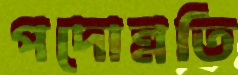
পদোন্নতি